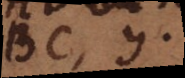
BC, y.